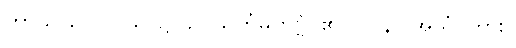
တာယ ဝေလာယ၊ ၌။ ဥပသင်္ကမိတဗ္ဗံ၊ ၏။ (ပြန်) အယံ၊ ကား။